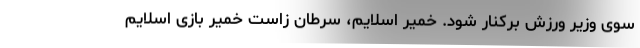
سوی وزیر ورزش برکنار شود. خمیر اسلایم، سرطان زاست خمیر بازی اسلایم